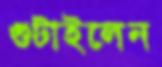
গুটাইলেন